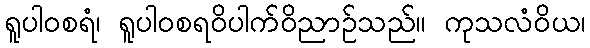
ရူပါဝစရံ၊ ရူပါဝစရဝိပါက်ဝိညာဉ်သည်။ ကုသလံဝိယ၊